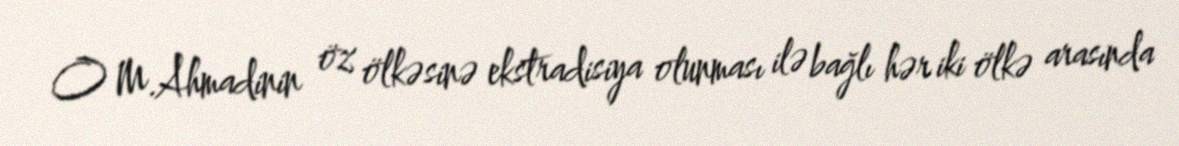
O M.Ahmadinin öz ölkəsinə ekstradisiya olunması ilə bağlı hər iki ölkə arasında